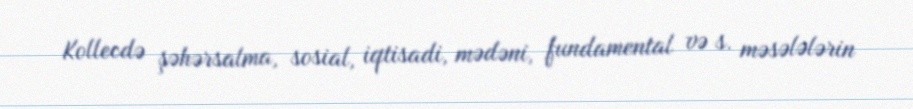
Kollecdə şəhərsalma, sosial, iqtisadi, mədəni, fundamental və s. məsələlərin